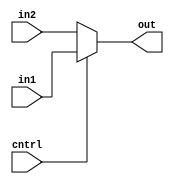
module Mux2_1(out,cntrl,in1,in2);
input cntrl,in1,in2;
output out;
assign out = cntrl ? in1 : in2;
endmodule



module mux_4to1_assign ( input [3:0] a,                 // 4-bit input called a
                         input [3:0] b,                 // 4-bit input called b
                         input [3:0] c,                 // 4-bit input called c
                         input [3:0] d,                 // 4-bit input called d
                         input [1:0] sel,               // input sel used to select between a,b,c,d
                         output [3:0] out);             // 4-bit output based on input sel
 
   // When sel[1] is 0, (sel[0]? b:a) is selected and when sel[1] is 1, (sel[0] ? d:c) is taken
   // When sel[0] is 0, a is sent to output, else b and when sel[0] is 0, c is sent to output, else d
   assign out = sel[1] ? (sel[0] ? d : c) : (sel[0] ? b : a); 
 
endmodule


module mux_4to1_case ( input [3:0] a,                 // 4-bit input called a
                       input [3:0] b,                 // 4-bit input called b
                       input [3:0] c,                 // 4-bit input called c
                       input [3:0] d,                 // 4-bit input called d
                       input [1:0] sel,               // input sel used to select between a,b,c,d
                       output reg [3:0] out);         // 4-bit output based on input sel
 
   // This always block gets executed whenever a/b/c/d/sel changes value
   // When that happens, based on value in sel, output is assigned to either a/b/c/d
   always @ (a or b or c or d or sel) begin
      case (sel)
         2'b00 : out <= a;
         2'b01 : out <= b;
         2'b10 : out <= c;
         2'b11 : out <= d;
      endcase
   end
endmodule